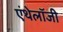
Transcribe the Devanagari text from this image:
एंथेलॉजी